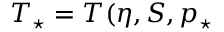
T _ { \star } = T ( \eta , S , p _ { \star }